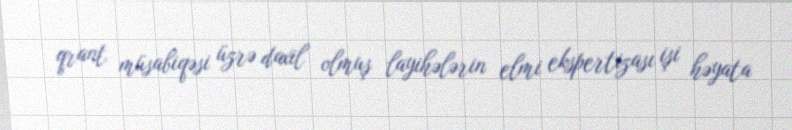
qrant müsabiqəsi üzrə daxil olmuş layihələrin elmi ekspertizası işi həyata